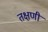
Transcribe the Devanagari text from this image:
तक्षणी